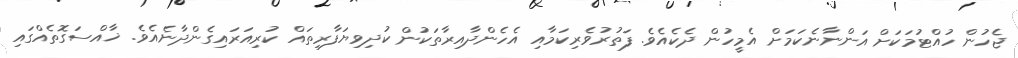
ޖެހުން ހުއްޓުމަކަށް އަންނާނެކަމަށް އެމީހުން ދެކެއެވެ. ފަތުރުވެރިކަމާއި އެހެންދާއިރާތަކުން ކުދިވިޔަފާރިތައް ކުރިއަރައިގެންދާނެއެވެ. ޚާއްސަގޮތެއްގައި